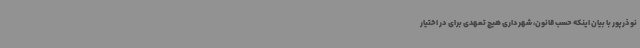
نوذرپور با بیان اینکه حسب قانون، شهرداری هیچ تعهدی برای در اختیار